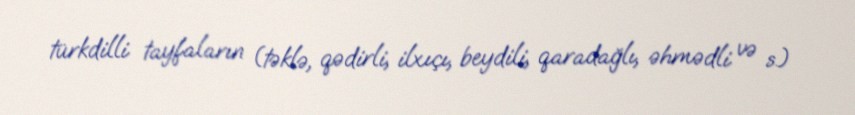
türkdilli tayfaların (təklə, qədirli, ilxıçı, beydili, qaradağlı, əhmədli və s.)